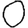
Digit: 0